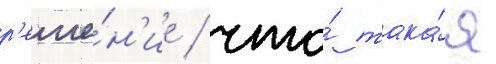
р'еше́н'ие / что́ така́я